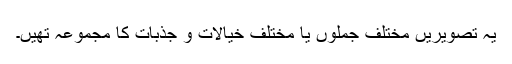
یہ تصویریں مختلف جملوں یا مختلف خیالات و جذبات کا مجموعہ تھیں۔